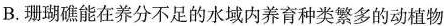
B.珊瑚礁能在养分不足的水域内养育种类繁多的动植物